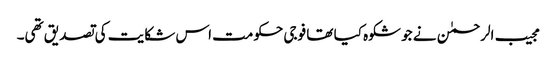
مجیب الرحمٰن نے جو شکوہ کیا تھا فوجی حکومت اس شکایت کی تصدیق تھی۔